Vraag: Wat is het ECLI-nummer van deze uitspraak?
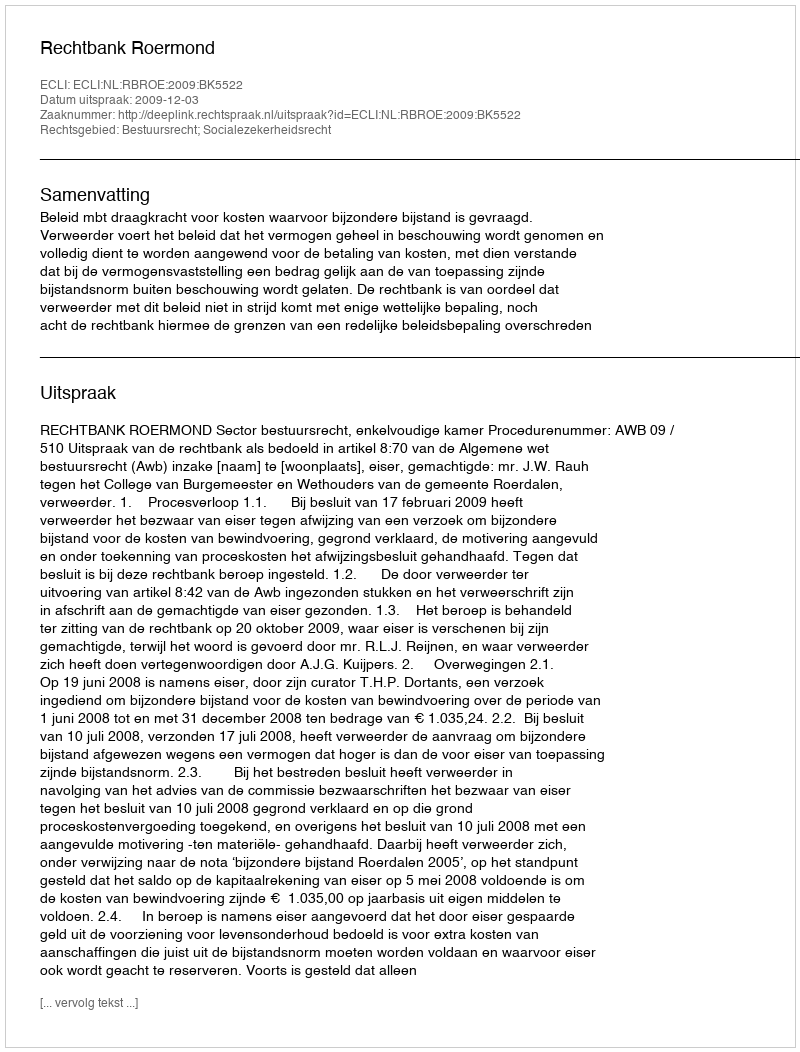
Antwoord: ECLI:NL:RBROE:2009:BK5522